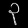
Digit: ၃